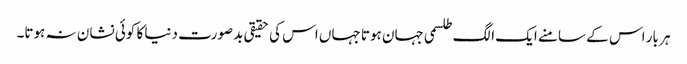
ہر بار اس کے سامنے ایک الگ طلسمی جہان ہوتا جہاں اس کی حقیقی بدصورت دنیا کا کوئی نشان نہ ہوتا۔